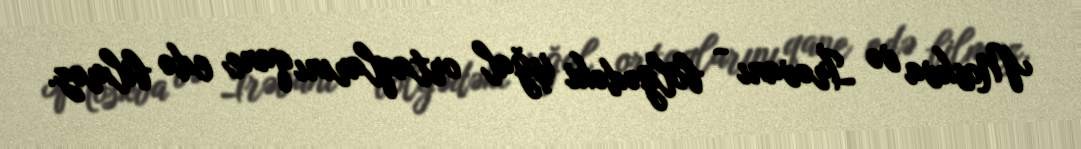
Moskva və İrəvanı - bölgədəki işğal ortaqlarını qane edə bilməz.